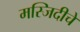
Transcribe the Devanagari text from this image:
मस्जिदीचे